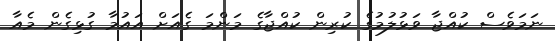
ނަމަވެސް ކުއްޖާ ވަޅުލުމުގެ ކުރިން ކުއްޖާގެ މަންމަ ގެއަށް އައުމާ ގުޅިގެން މެއާ